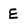
Character: E